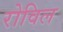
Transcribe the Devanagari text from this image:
रोविल